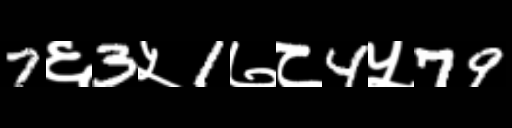
Text: 7६3५1७८4५79